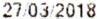
27/03/2018